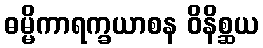
ဓမ္မိကာရက္ခယာစန ဝိနိစ္ဆယ